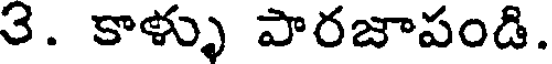
3. కాళ్ళు పారజాపండి.